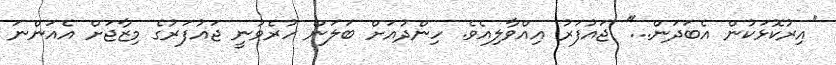
''އިރުކޮޅަކުން އެބަދަން...'' ޖައުފަރު އިއްވާލިއެވެ. ހިންދުއަށް ބަލަން ހުރެވުނީ ޖައުފަރުގެ މިޒާޖަށް އެއަންނަ